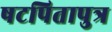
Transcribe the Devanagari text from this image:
षटपितापुत्र